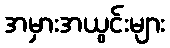
အမှားအယွင်းများ